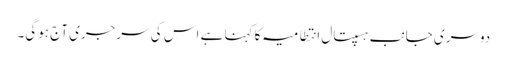
دوسری جانب ہسپتال انتطامیہ کا کہنا ہے اس کی سرجری آج ہوگی۔